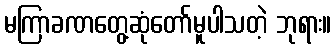
မကြာခဏတွေ့ဆုံတော်မူပါသတဲ့ ဘုရား။